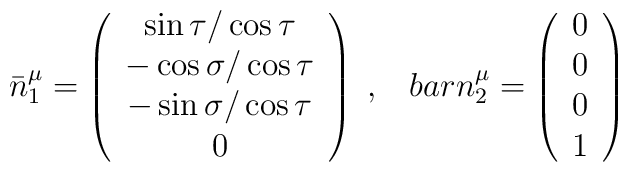
\bar{n}^\mu_{1}=\left( \begin{array}{c}\sin\tau / \cos\tau \\-\cos\sigma / \cos\tau \\ -\sin\sigma / \cos \tau \\0 \end{array}  \right) \; ,\;\;\;\;\\bar{n}^\mu_{2}=\left( \begin{array}{c}0 \\0 \\0\\1 \end{array}  \right)